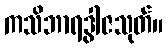
ကသိဘာရဒွါဇသုတ်။